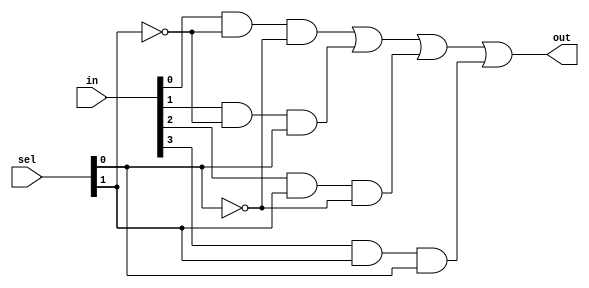
`timescale 1ns / 1ps
//////////////////////////////////////////////////////////////////////////////////
// Company: 
// Engineer: 
// 
// Design Name: 
// Module Name: mux_4to1_using_gates
// Project Name: 
// Target Devices: 
// Tool Versions: 
// Description: 
// 
// Dependencies: 
// 
// Revision:
// Revision 0.01 - File Created
// Additional Comments:
// 
//////////////////////////////////////////////////////////////////////////////////


module mux_4to1_using_gates(
    input wire [3:0] in,    // 4-bit input
    input wire [1:0] sel,   // 2-bit selection input
    output wire out         // 1-bit output
);

// Khai bao data types cho cac cong and va 1 cong or
wire and0, and1, and2, and3, or_out;

// Thuc hien ham and
and (and0, in[0], ~sel[1], ~sel[0]); // sel = 00
and (and1, in[1], ~sel[1],  sel[0]); // sel = 01
and (and2, in[2],  sel[1], ~sel[0]); // sel = 10
and (and3, in[3],  sel[1],  sel[0]); // sel = 11
                                     // ~ la ky hieu cho phep toan not thuc hien tren tung bit cua sel
// Thuc hien ham or
or (or_out, and0, and1, and2, and3);

// Gan ket qua cua cong OR voi dau ra
assign out = or_out;


   
endmodule